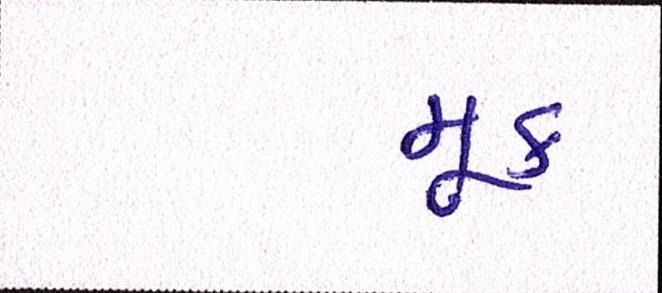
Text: મૂક